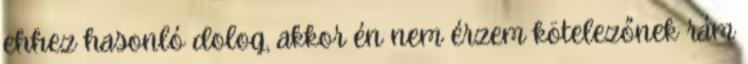
ehhez hasonló dolog, akkor én nem érzem kötelezőnek rám